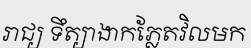
រាជ្យ ទឹត្យាងាកភ្លែតវិលមក